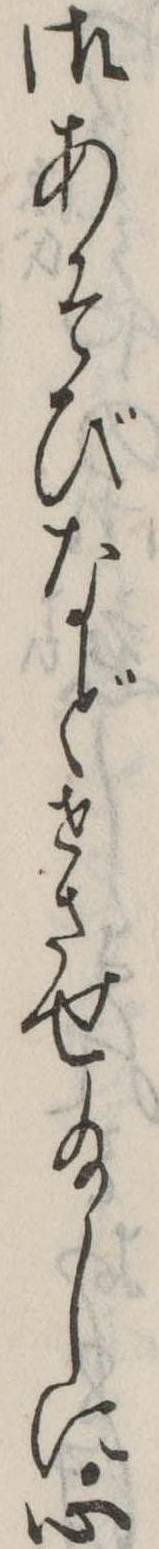
御あそびなどせさせ給しに心